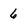
Character: 6